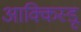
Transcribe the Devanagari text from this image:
आक्किस्डू